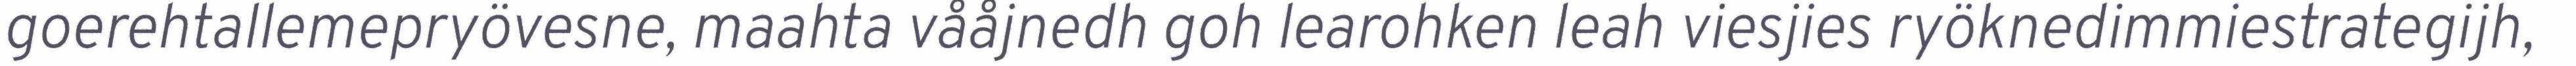
goerehtallemepryövesne, maahta vååjnedh goh learohken leah viesjies ryöknedimmiestrategijh,